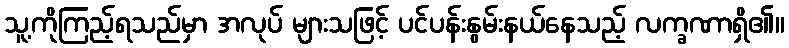
သူ့ကိုကြည့်ရသည်မှာ အလုပ် များသဖြင့် ပင်ပန်းနွမ်းနယ်နေသည့် လက္ခဏာရှိ၏။